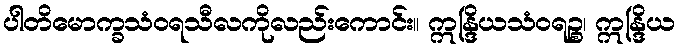
ပါတိမောက္ခသံဝရသီလကိုလည်းကောင်း။ ဣန္ဒြိယသံဝရဉ္စ၊ ဣန္ဒြိယ